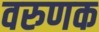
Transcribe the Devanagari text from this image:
वरुणक